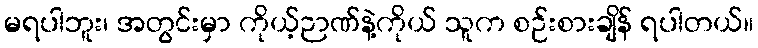
မရပါဘူး၊ အတွင်းမှာ ကိုယ့်ဉာဏ်နဲ့ကိုယ် သူက စဉ်းစားချိန် ရပါတယ်။